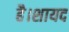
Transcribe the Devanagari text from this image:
है।शायद